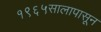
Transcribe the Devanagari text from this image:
१९६५सालापासून